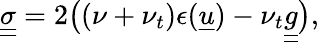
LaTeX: \underline{{\underline{{\sigma}}}}=2\big((\nu+\nu_{t})\epsilon(\underline{{u}})-\nu_{t}\underline{{\underline{{g}}}}\big),